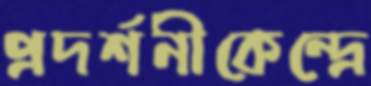
প্রদর্শনীকেন্দ্রে